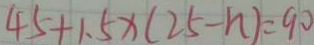
4 5 + 1 . 5 x ( 2 5 - n ) = 9 0